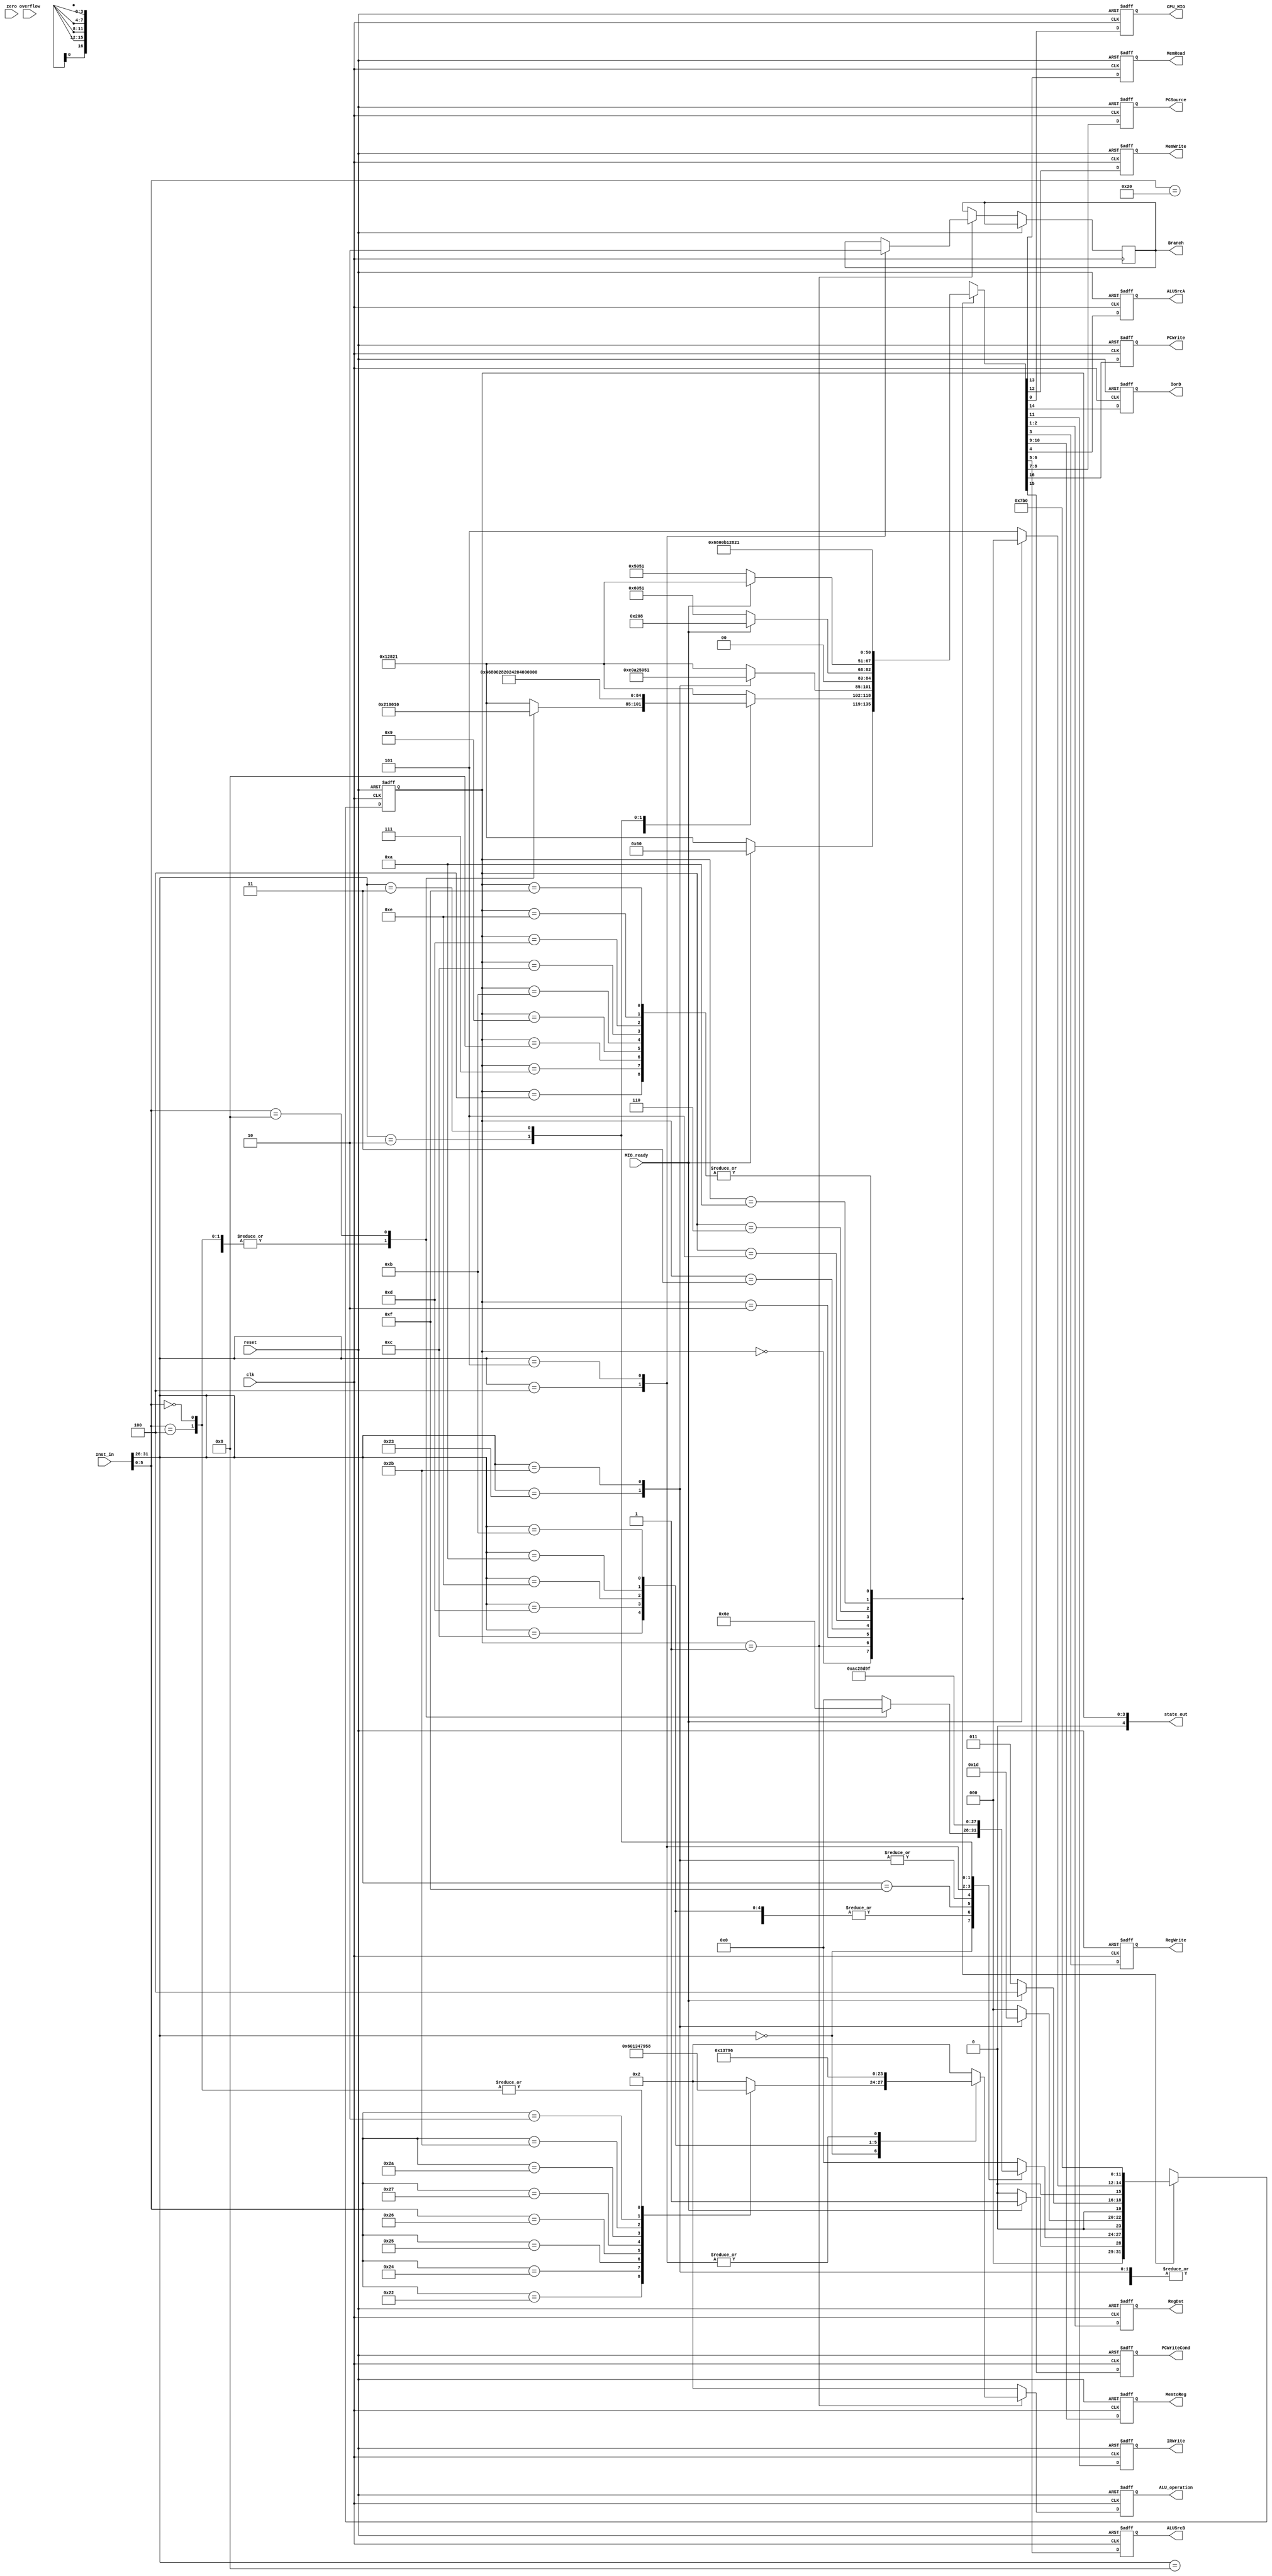
`timescale 1ns / 1ps
//////////////////////////////////////////////////////////////////////////////////
// Company:
// Engineer:
//
// Design Name:
// Module Name:    ctrl
// Project Name:
// Target Devices:
// Tool versions:
// Description:
//
// Dependencies:
//
// Revision:
// Revision 0.01 - File Created
// Additional Comments:
//
//////////////////////////////////////////////////////////////////////////////////
module ctrl(input clk,
            input reset,
            input [31:0] Inst_in,
            input zero,
            input overflow,
            input MIO_ready,
            output reg MemRead,
            output reg MemWrite,
            output reg [3:0] ALU_operation,
            output [4:0] state_out,
            output reg CPU_MIO,
            output reg IorD,
            output reg IRWrite,
            output reg [1:0] RegDst,
            output reg RegWrite,
            output reg [1:0] MemtoReg,
            output reg ALUSrcA,
            output reg [1:0] ALUSrcB,
            output reg [1:0] PCSource,
            output reg PCWrite,
            output reg PCWriteCond,
            output reg Branch);
    
    localparam
    IF = 4'b0000,
    ID = 4'b0001,
    Mem_Ex = 4'b0010,
    Mem_RD = 4'b0011,
    LW_WB = 4'b0100,
    Mem_WD = 4'b0101,
    R_Exe = 4'b0110,
    R_WB = 4'b0111,
    Beq_Exe = 4'b1000,
    J = 4'b1001,
    I_Exe = 4'b1010,
    I_WB = 4'b1011,
    Lui_WB = 4'b1100,
    Bne_Exe = 4'b1101,
    Jr = 4'b1110,
    Jal = 4'b1111;
    
    localparam
    ALU_AND = 3'b000,
    ALU_OR = 3'b001,
    ALU_ADD = 3'b010,
    ALU_XOR = 3'b011,
    ALU_NOR = 3'b100,
    ALU_SRL = 3'b101,
    ALU_SUB = 3'b110,
    ALU_SLT = 3'b111,
    ALU_SLL = 4'b1000,
    ALU_SLLV = 4'b1000,
    ALU_SLTU = 4'b1001;
    
    `define CPU_ctrl_signals {PCWrite, PCWriteCond, IorD, MemRead, MemWrite, IRWrite, MemtoReg[1:0], PCSource[1:0], ALUSrcB[1:0], ALUSrcA, RegWrite, RegDst[1:0], CPU_MIO}
    
    reg [3:0] state;
    assign state_out = {1'b0, state};
    task GoToIF;
        begin
            `CPU_ctrl_signals <= 17'h12821;
            ALU_operation     <= ALU_ADD;
            state             <= IF;
        end
    endtask
    initial begin
        GoToIF;
    end
    
    always @(posedge clk or posedge reset) begin
        if (reset) begin
            GoToIF;
        end
        else begin
            ALU_operation <= ALU_ADD;
            case (state)
                IF: begin
                    if (MIO_ready) begin
                        `CPU_ctrl_signals <= 17'h00060;
                        ALU_operation     <= ALU_ADD;
                        state             <= ID;
                    end
                    else begin
                        GoToIF;
                    end
                end
                ID: begin
                    case (Inst_in[31:26])
                        6'b000000: begin  // R type
                            `CPU_ctrl_signals <= 17'h00010;
                            state             <= R_Exe;
                            case (Inst_in[5:0])
                                6'b100000: ALU_operation <= ALU_ADD;
                                6'b100010: ALU_operation <= ALU_SUB;
                                6'b100100: ALU_operation <= ALU_AND;
                                6'b100101: ALU_operation <= ALU_OR;
                                6'b100110: ALU_operation <= ALU_XOR;
                                6'b100111: ALU_operation <= ALU_NOR;
                                6'b101010: ALU_operation <= ALU_SLT;
                                6'b101011: ALU_operation <= ALU_SLTU;
                                6'b000010: ALU_operation <= ALU_SRL;
                                6'b000100: ALU_operation <= ALU_SLL;
                                6'b000000: ALU_operation <= ALU_SLLV;
                                6'b001000: begin  // JR
                                    `CPU_ctrl_signals <= 17'h10010;
                                    state             <= Jr;
                                end
                                default: begin
                                    GoToIF;  // Error
                                end
                            endcase
                        end
                        6'b001000: begin  // ADDI
                            `CPU_ctrl_signals <= 17'h00050;
                            ALU_operation     <= ALU_ADD;
                            state             <= I_Exe;
                        end
                        6'b001100: begin  // ANDI
                            `CPU_ctrl_signals <= 17'h00050;
                            ALU_operation     <= ALU_AND;
                            state             <= I_Exe;
                        end
                        6'b001101: begin  // ORI
                            `CPU_ctrl_signals <= 17'h00050;
                            ALU_operation     <= ALU_OR;
                            state             <= I_Exe;
                        end
                        6'b001110: begin  // XORI
                            `CPU_ctrl_signals <= 17'h00050;
                            ALU_operation     <= ALU_XOR;
                            state             <= I_Exe;
                        end
                        6'b001010: begin  // SLTI
                            `CPU_ctrl_signals <= 17'h00050;
                            ALU_operation     <= ALU_SLT;
                            state             <= I_Exe;
                        end
                        6'b001011: begin  // SLTIU
                            `CPU_ctrl_signals <= 17'h00050;
                            ALU_operation     <= ALU_SLTU;
                            state             <= I_Exe;
                        end
                        6'b001111: begin  // LUI
                            `CPU_ctrl_signals <= 17'h00468;
                            state             <= Lui_WB;
                        end
                        6'b100011, 6'b101011: begin  // LW, SW
                            `CPU_ctrl_signals <= 17'h00050;
                            ALU_operation     <= ALU_ADD;
                            state             <= Mem_Ex;
                        end
                        6'b000100: begin  // BEQ
                            Branch            <= 1;
                            `CPU_ctrl_signals <= 17'h08090;
                            ALU_operation     <= ALU_SUB;
                            state             <= Beq_Exe;
                        end
                        6'b000101: begin  // BNE
                            Branch            <= 0;
                            `CPU_ctrl_signals <= 17'h08090;
                            ALU_operation     <= ALU_SUB;
                            state             <= Bne_Exe;
                        end
                        6'b000010: begin  // J
                            `CPU_ctrl_signals <= 17'h10160;
                            state             <= J;
                        end
                        6'b000011: begin  // JAL
                            `CPU_ctrl_signals <= 17'h1076C;
                            state             <= Jal;
                        end
                        default: begin  // Error
                            GoToIF;
                        end
                    endcase
                end
                Mem_Ex: begin
                    case (Inst_in[31:26])
                        6'b100011: begin  // LW
                            `CPU_ctrl_signals <= 17'h06051;
                            state             <= Mem_RD;
                        end
                        6'b101011: begin  // SW
                            `CPU_ctrl_signals <= 17'h05051;
                            state             <= Mem_WD;
                        end
                        default: begin  // Error
                            GoToIF;
                        end
                    endcase
                end
                Mem_RD: begin
                    if (MIO_ready) begin
                        `CPU_ctrl_signals <= 17'h00208;
                        state             <= LW_WB;
                        end else begin
                            `CPU_ctrl_signals <= 17'h06051;
                            state             <= Mem_RD;
                        end
                    end
                    LW_WB: begin
                        GoToIF;
                    end
                    Mem_WD: begin
                        if (MIO_ready) begin
                            GoToIF;
                        end
                        else begin
                            `CPU_ctrl_signals <= 17'h05051;
                            state             <= Mem_WD;
                        end
                    end
                    R_Exe: begin
                        `CPU_ctrl_signals <= 17'h0001A;
                        state             <= R_WB;
                    end
                    R_WB: begin
                        GoToIF;
                    end
                    Beq_Exe: begin
                        GoToIF;
                    end
                    J: begin
                        GoToIF;
                    end
                    I_Exe: begin
                        `CPU_ctrl_signals <= 17'h00058;
                        state             <= I_WB;
                    end
                    I_WB: begin
                        GoToIF;
                    end
                    Lui_WB: begin
                        GoToIF;
                    end
                    Bne_Exe: begin
                        GoToIF;
                    end
                    Jr: begin
                        GoToIF;
                    end
                    Jal: begin
                        GoToIF;
                    end
                    default begin  // Error
                        GoToIF;
                    end
            endcase
        end
    end
    
endmodule